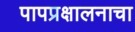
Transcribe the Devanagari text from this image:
पापप्रक्षालनाचा